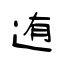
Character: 迶